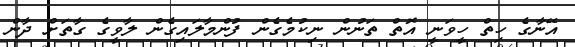
އޭނާގެ ހިތް ހީވަނީ އޮތް ތަނުން ނިކުމެގެން ފުންމާލައިގެން ލާވީގެ ގާތަށް ދާން